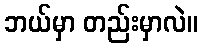
ဘယ်မှာ တည်းမှာလဲ။